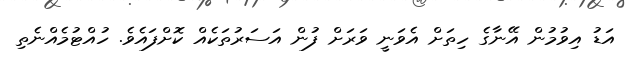
އަޑު އިވުމުން އޭނާގެ ހިތަށް އެވަނީ ވަރަށް ފުން އަސަރުތަކެއް ކޮށްފައެވެ. ހުއްޓުމެއްނެތި